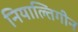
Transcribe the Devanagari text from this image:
नियाल्तिगीन